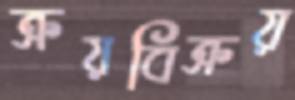
ক্রয়বিক্রয়